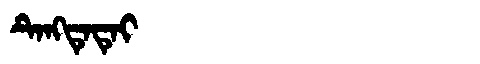
Manchu: ᡨᡝᠩᡨᡝᡨᡝᡳ
Romanization: TENGTETEI